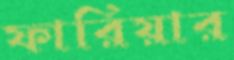
ফারিয়ার